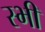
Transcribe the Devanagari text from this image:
स्भी